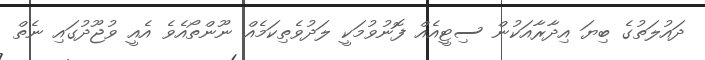
ދައުލަތުގެ ބިޔަ އިދާރާއަކުން ސިޓީއެއް ފޮނުވުމަކީ ލަދުވެތިކަމެއް ނޫންތޯއެވެ އެއީ ވުޖޫދުގައި ނެތް